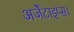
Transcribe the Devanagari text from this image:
अर्जेंटाइप्स।